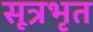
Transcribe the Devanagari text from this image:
सूत्रभृत